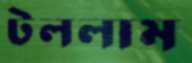
টললাম